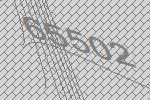
65502